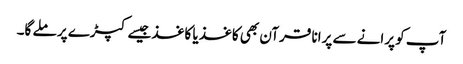
آپ کو پرانے سے پرانا قرآن بھی کاغذ یا کاغذ جیسے کپڑے پر ملے گا۔